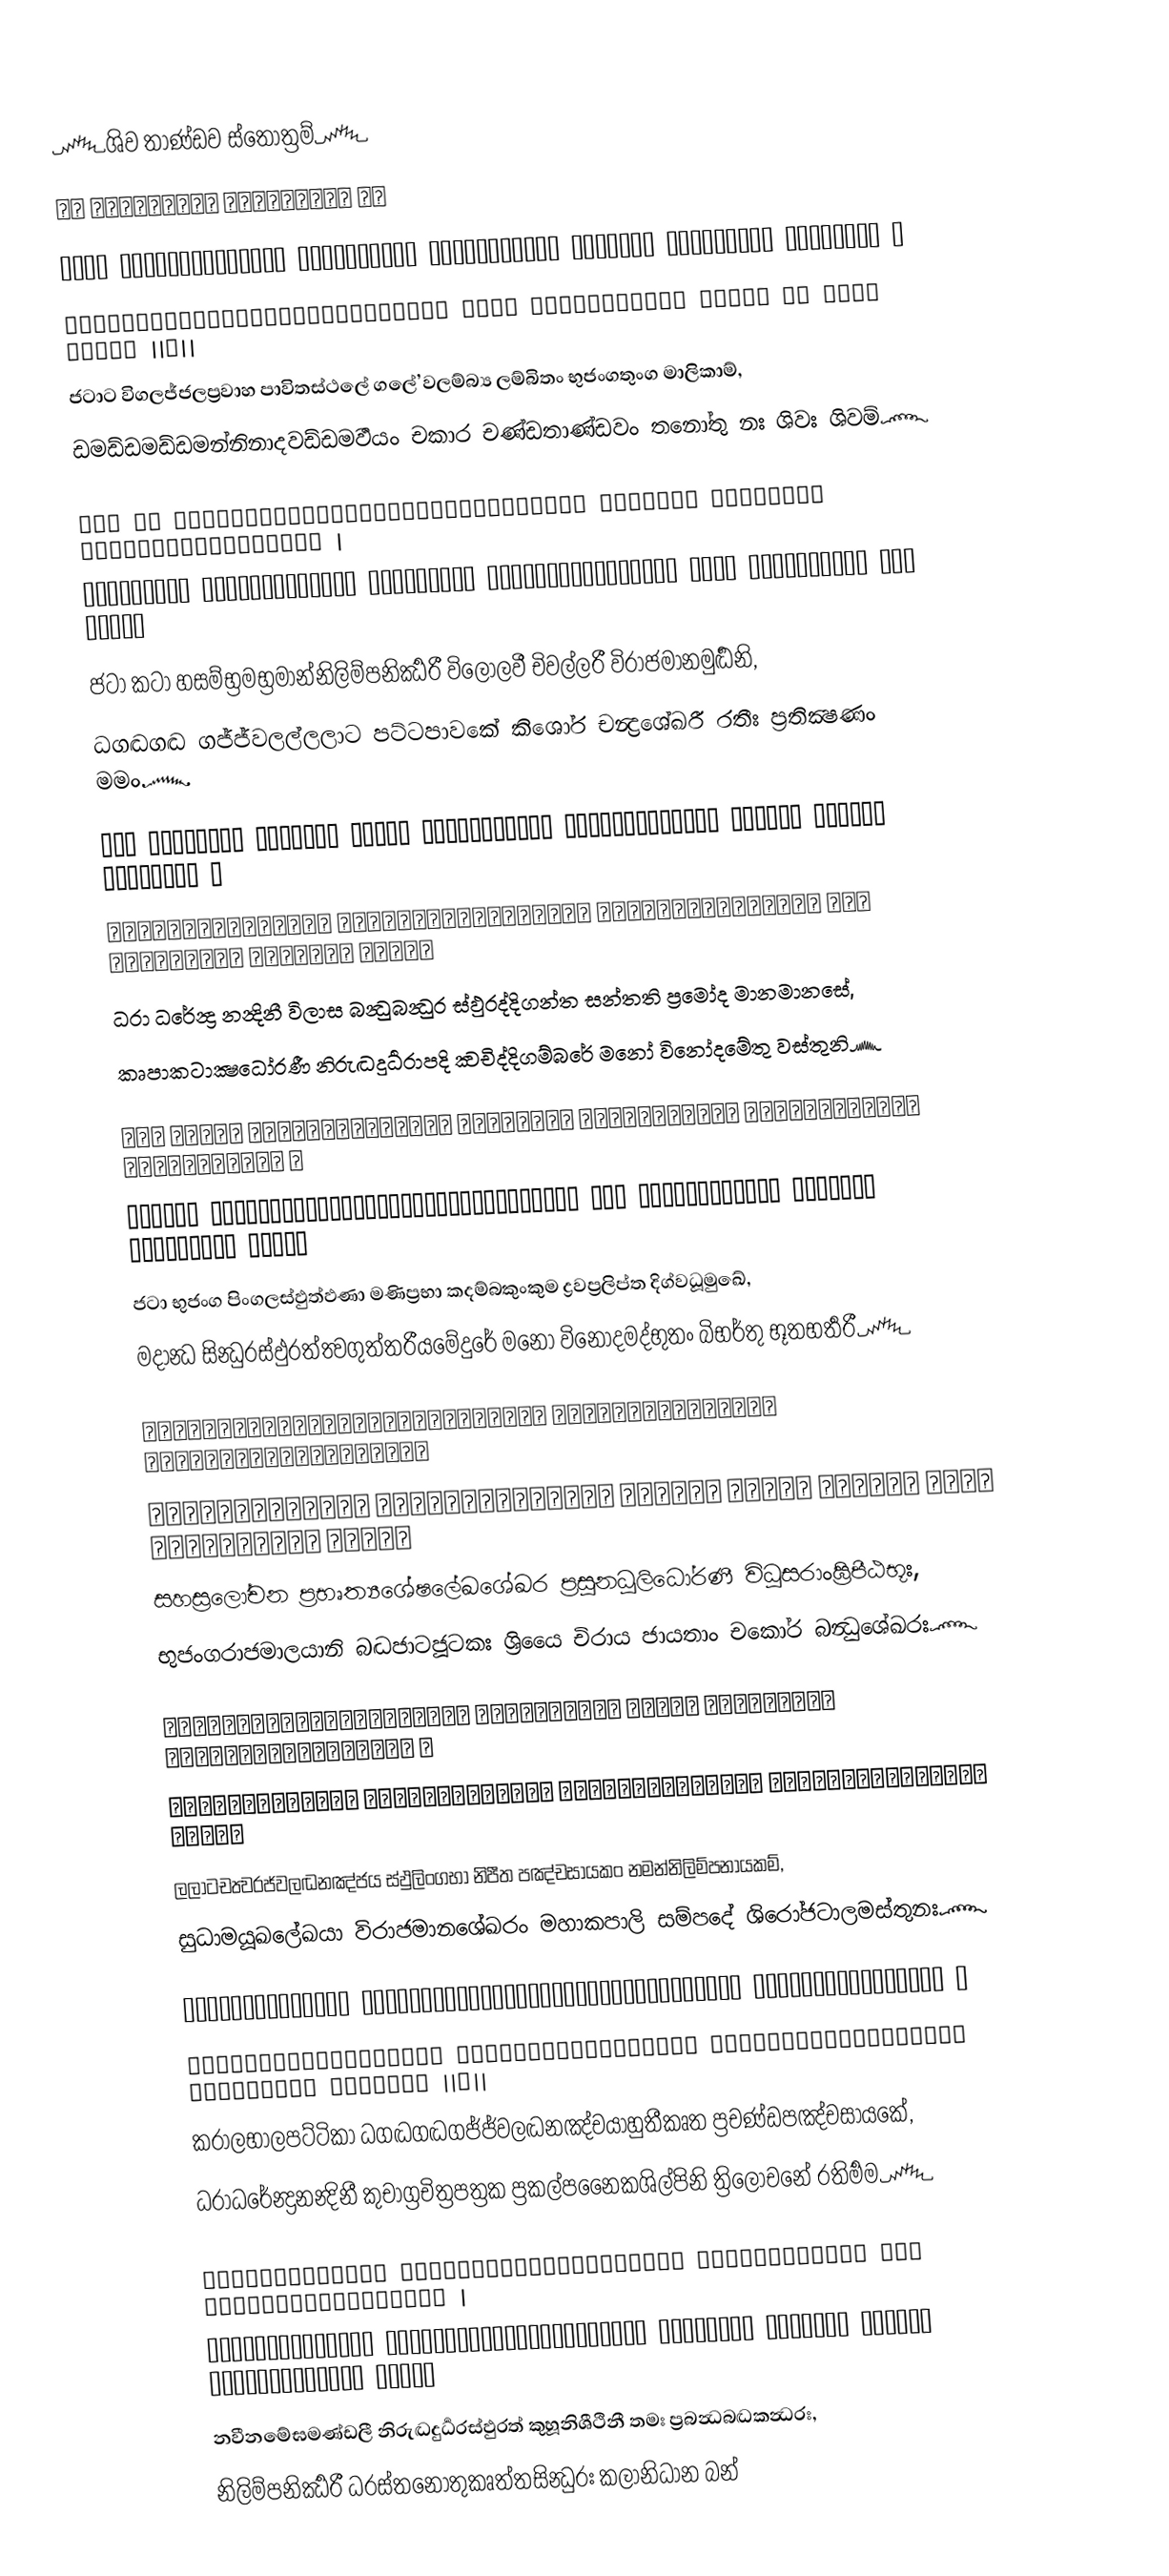
෴ශිව තාණ්ඩව ස්තෝත්‍රම්‍෴
।। शिवताण्डव स्तोत्रम् ।।

जटाट विगलज्जलप्रवाह पावितस्थले गलेऽवलम्ब्य लम्बितं भुजंगतुंग मालिकाम् ।
डमड्डमड्डमन्निनादवड्डमर्वयं चकार चण्डताण्डवं तनोतु नः शिवः शिवम् ।।१।।
ජටාට විගලජ්ජලප්‍රවාහ පාවිතස්ථලේ ගලේ’වලම්බ්‍ය ලම්බිතං භුජංගතුංග මාලිකාම්,
ඩමඩ්ඩමඩ්ඩමන්නිනාදවඩ්ඩමර්‍වයං චකාර චණ්ඩතාණ්ඩවං තනෝතු නඃ ශිවඃ ශිවම්෴

जटा कट हसम्भ्रमभ्रमान्निलिम्पनिर्झरी विलोलवी चिवल्लरी विराजमानमुर्द्धनि ।
धगद्धगद्ध गज्ज्वलल्ललाट पट्टपावके किशोरचन्द्रशेखरे रतीः प्रतिक्षणं ममं ।।२।।
ජටා කටා හසම්භ්‍රමභ්‍රමාන්නිලිම්පනිර්‍ඣරී විලෝලවී චිවල්ලරී විරාජමානමුර්‍ද්‍ධනි,
ධගද්‍ධගද්‍ධ ගජ්ජ්වලල්ලලාට පට්ටපාවකේ කිශෝර චන්‍ද්‍රශේඛරී රතීඃ ප්‍රතික්‍ෂණං මමං෴

धरा धरेन्द्र नन्दिनी विलास बन्धुबन्धुर स्फुरद्दिगन्त सन्तति प्रमोद मानमानसे ।
कृपाकटाक्षधोरणी निरुद्धदुर्धरापदि क्वचिद्दिगम्बरे मनो विनोदमेतु वस्तुनि ।।३।।
ධරා ධරේන්‍ද්‍ර නන්‍දිනී විලාස බන්‍ධුබන්‍ධුර ස්ඵුරද්දිගන්ත සන්තති ප්‍රමෝද මානමානසේ,
කෘපාකටාක්‍ෂධෝරණී නිරුද්‍ධදුර්‍ධරාපදි ක්‍වචිද්දිගම්බරේ මනෝ විනෝදමේතු වස්තුනි෴

जटा भुजंग पिंगलस्फुत्फणा मणिप्रभा कदम्बकुंकुम द्रवप्रलिप्त दिग्वधूमुखे ।
मदान्ध सिन्धुरस्फुरत्त्वगुत्तरीयमेदुरे मनो विनोदमद्भुतं बिभर्तु भूतभर्तरि ।।४।।
ජටා භුජංග පිංගලස්ඵුත්ඵණා මණිප්‍රභා කදම්බකුංකුම ද්‍රවප්‍රලිප්ත දිග්වධූමුඛේ,
මදාන්‍ධ සින්‍ධුරස්ඵුරත්ත්‍වගුත්තරීයමේදුරේ මනෝ විනෝදමද්භුතං බිභර්තු භූතභර්‍තරී෴

सहस्रलोचनप्रभृत्यशेषलेखशेखर प्रसूनधूलिधोरणी विधूराङ्घ्रिपीठभूः।
भुजंगराजमालया निबद्धजाटजूटकः श्रियै चिराय जायतां चकोर बन्धुशेखरः ।।५।।
සහස්‍රලෝචන ප්‍රභෘත්‍යශේෂලේඛශේඛර ප්‍රසූනධූලිධෝරණී විධූසරාංඝ්‍රිපීඨභූඃ,
භුජංගරාජමාලයානි බද්‍ධජාටජූටකඃ ශ්‍රියෛ චිරාය ජායතාං චකෝර බන්‍ධුශේඛරඃ෴

ललाटचत्वरज्वलद्धनञ्जय स्फुलिंगभा निपीत पञ्चसायकं नमन्निलिम्पनायकम् ।
सुधामयूखलेखया विराजमानशेखरं महाकपालिसम्पदे शिरोजटालमस्तुनः ।।६।।
ලලාටචත්‍වරජ්වලද්‍ධනඤ්ජය ස්ඵුලිංගභා නිපීත පඤ්චසායකං නමන්නිලිම්පනායකම්,
සුධාමයූඛලේඛයා විරාජමානශේඛරං මහාකපාලි සම්පදේ ශිරෝජටාලමස්තුනඃ෴

करालभालपट्टिका धगद्धगद्धगज्ज्वलद्धनञ्जयाहुतीकृत प्रचण्डपञ्चसायके ।
धराधरेन्द्रनन्दिनी कुचाग्रचित्रपत्रक प्रकल्पनैकशिल्पिनि त्रिलोचने रतिर्मम ।।७।।
කරාලභාලපට්ටිකා ධගද්‍ධගද්‍ධගජ්ජ්වලද්‍ධනඤ්චයාහුතීකෘත ප්‍රචණ්ඩපඤ්චසායකේ,
ධරාධරේන්‍ද්‍රනන්‍දිනී කුචාග්‍රචිත්‍රපත්‍රක ප්‍රකල්පනෛකශිල්පිනි ත්‍රිලෝචනේ රතිර්‍මම෴

नवीनमेघमण्डली निरुद्धदुर्धरस्फुरत् कुहूनिशीथिनी तमः प्रबन्धबद्धकन्धरः ।
निलिम्पनिर्झरी धरस्तनोतुकृत्तसिन्धुरः कलानिधान बन्धुरः श्रियं जगद्धुरन्धुरः ।।८।।
නවීනමේඝමණ්ඩලී නිරුද්‍ධදුර්‍ධරස්ඵුරත් කුහූනිශීථිනී තමඃ ප්‍රබන්‍ධබද්‍ධකන්‍ධරඃ,
නිලිම්පනිර්‍ඣරී ධරස්තනෝතුකෘත්තසින්‍ධුරඃ කලානිධාන බන්